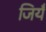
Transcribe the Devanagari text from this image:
जियँ